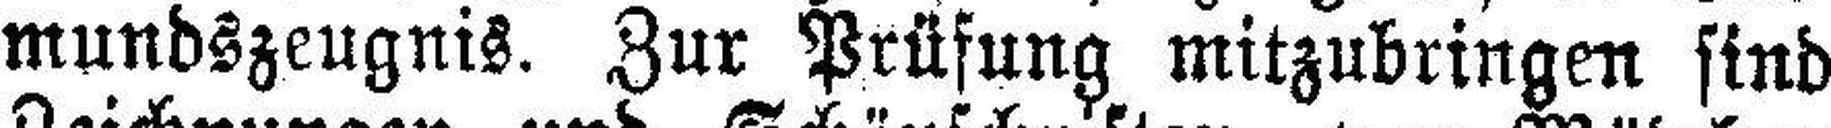
mundszeugnis. Zur Prüfung mitzubringen sind